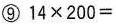
⑨ $$1 4\times2 0 0=$$